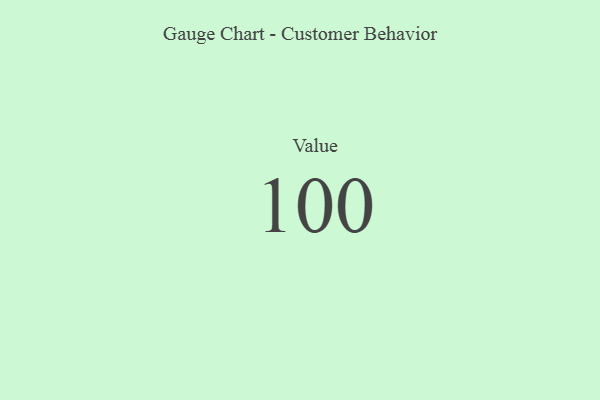
{"axis": {"x": "Metric", "y": "Value"}, "legend": [""], "data": [{"x": "Value", "y": 100, "type": ""}]}